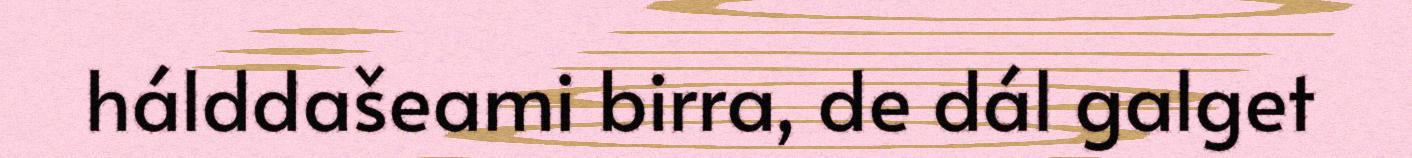
hálddašeami birra, de dál galget